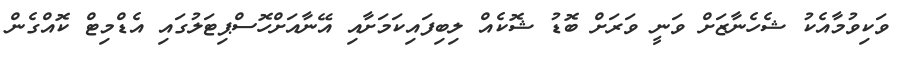
ވަކިވުމާއެކު ޝެހެނާޒަށް ވަނީ ވަރަށް ބޮޑު ޝޮކެއް ލިބިފައިކަމަށާއި އޭނާއަށްހޮސްޕިޓަލުގައި އެޑްމިޓް ކޮއްގެން